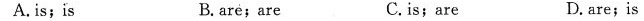
A. is; is B. are; are C. is; are D. are; is